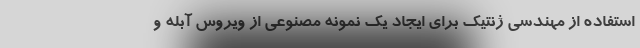
استفاده از مهندسی ژنتیک برای ایجاد یک نمونه مصنوعی از ویروس آبله و